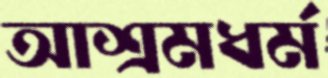
আশ্রমধর্ম